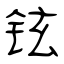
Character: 铉